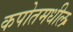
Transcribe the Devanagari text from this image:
कपोतमधील